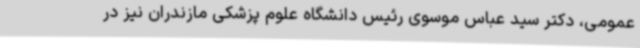
عمومی، دکتر سید عباس موسوی رئیس دانشگاه علوم پزشکی مازندران نیز در